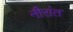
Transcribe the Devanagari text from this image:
नीरांत